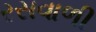
રસવાળી